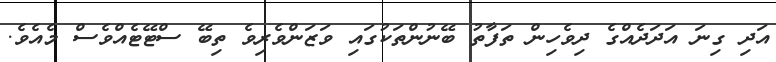
އަދި ގިނަ އަދަދެއްގެ ދިވެހިން ތަފާތު ބޭނުންތަކުގައި ވަޒަންވެރިވެ ތިބޭ ސްޓޭޓެއްވެސް މެއެވެ.